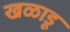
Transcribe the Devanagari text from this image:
खळाडू